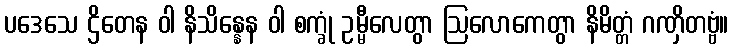
ပဒေသေ ဌိတေန ဝါ နိသိန္နေန ဝါ စက္ခုံ ဥမ္မီလေတွာ ဩလောကေတွာ နိမိတ္တံ ဂဏှိတဗ္ဗံ။